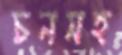
চনসহ